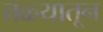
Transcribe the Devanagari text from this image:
तळ्यातून